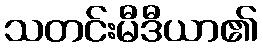
သတင်းမီဒီယာ၏